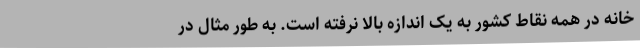
خانه در همه نقاط کشور به یک اندازه بالا نرفته است. به طور مثال در